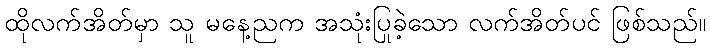
ထိုလက်အိတ်မှာ သူ မနေ့ညက အသုံးပြုခဲ့သော လက်အိတ်ပင် ဖြစ်သည်။